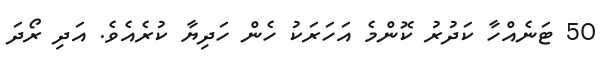
50 ޓަނެއްހާ ކަދުރު ކޮންމެ އަހަރަކު ހެން ހަދިޔާ ކުރެއެވެ. އަދި ރޯދަ